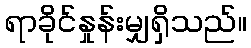
ရာခိုင်နှုန်းမျှရှိသည်။